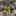
وأنا